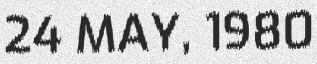
24 MAY, 1980